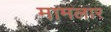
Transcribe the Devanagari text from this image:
मामलार